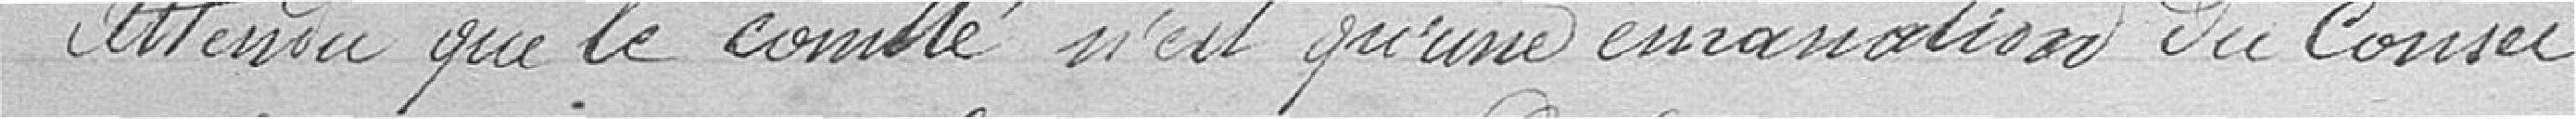
attendu que le comité n'est qu'une  du Conseil